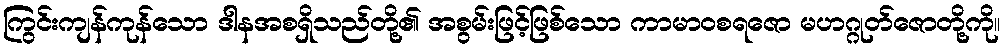
ကြွင်းကျန်ကုန်သော ဒါနအစရှိသည်တို့၏ အစွမ်းဖြင့်ဖြစ်သော ကာမာဝစရဇော မဟဂ္ဂုတ်ဇောတို့ကို။